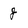
Character: j